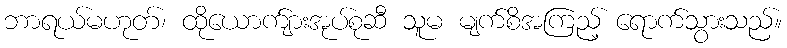
ဘာရယ်မဟုတ်၊ ထိုယောက်ျားအုပ်စုဆီ သူမ မျက်စိအကြည့် ရောက်သွားသည်။